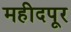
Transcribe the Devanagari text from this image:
महीदपूर